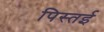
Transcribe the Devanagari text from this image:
पिस्तई